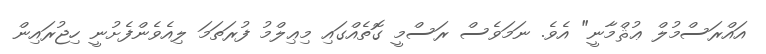
އައްރަސްމުލް ޢުޘްމާނީ" އެވެ. ނަމަވެސް ރަސްމީ ގޮތެއްގައި މިޢިލްމު ފުރަތަމަ ލިއެވެންފެށުނީ ހިޖުރައިން